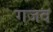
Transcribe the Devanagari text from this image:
गजव